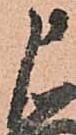
申